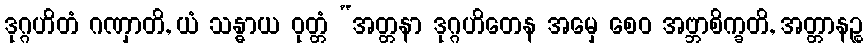
ဒုဂ္ဂဟိတံ ဂဏှာတိ, ယံ သန္ဓာယ ဝုတ္တံ “အတ္တနာ ဒုဂ္ဂဟိတေန အမှေ စေဝ အဗ္ဘာစိက္ခတိ, အတ္တာနဉ္စ